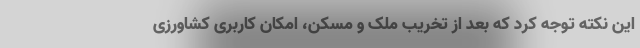
این نکته توجه کرد که بعد از تخریب ملک و مسکن، امکان کاربری کشاورزی